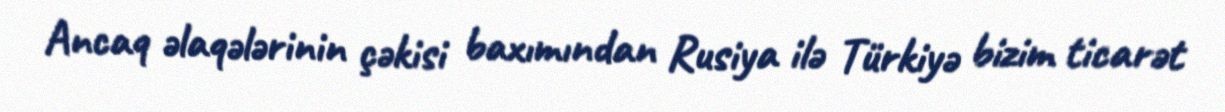
Ancaq əlaqələrinin çəkisi baxımından Rusiya ilə Türkiyə bizim ticarət